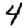
Digit: 4